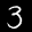
Label: 3